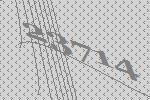
23714